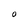
Character: O